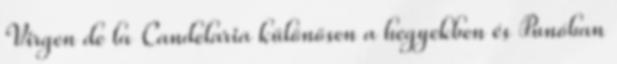
Virgen de la Candelaria különösen a hegyekben és Punóban